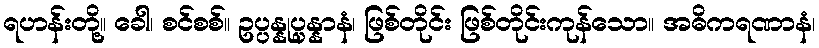
ရဟန်းတို့။ ခေါ၊ စင်စစ်။ ဥပ္ပန္နုပ္ပန္နာနံ၊ ဖြစ်တိုင်း ဖြစ်တိုင်းကုန်သော။ အဓိကရဏာနံ၊